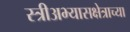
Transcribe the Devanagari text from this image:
स्त्रीअभ्यासक्षेत्राच्या